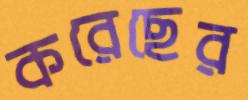
করেছের